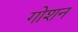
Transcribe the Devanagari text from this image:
गोशन